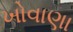
ખોવાણા